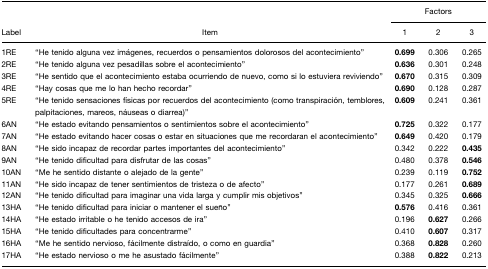
<table><thead><tr><td></td><td></td><td colspan="3"><b>Factors</b></td></tr><tr><td><b>Label</b></td><td><b>Item</b></td><td><b>1</b></td><td><b>2</b></td><td><b>3</b></td></tr></thead><tbody><tr><td>1RE</td><td>“He tenido alguna vez imágenes, recuerdos o pensamientos dolorosos del acontecimiento”</td><td><b>0.699</b></td><td>0.306</td><td>0.265</td></tr><tr><td>2RE</td><td>“He tenido alguna vez pesadillas sobre el acontecimiento”</td><td><b>0.636</b></td><td>0.301</td><td>0.248</td></tr><tr><td>3RE</td><td>“He sentido que el acontecimiento estaba ocurriendo de nuevo, como si lo estuviera reviviendo”</td><td><b>0.670</b></td><td>0.315</td><td>0.309</td></tr><tr><td>4RE</td><td>“Hay cosas que me lo han hecho recordar”</td><td><b>0.690</b></td><td>0.128</td><td>0.287</td></tr><tr><td>5RE</td><td>“He tenido sensaciones físicas por recuerdos del acontecimiento (como transpiración, temblores, palpitaciones, mareos, náuseas o diarrea)”</td><td><b>0.609</b></td><td>0.241</td><td>0.361</td></tr><tr><td>6AN</td><td>“He estado evitando pensamientos o sentimientos sobre el acontecimiento”</td><td><b>0.725</b></td><td>0.322</td><td>0.177</td></tr><tr><td>7AN</td><td>“He estado evitando hacer cosas o estar en situaciones que me recordaran el acontecimiento”</td><td><b>0.649</b></td><td>0.420</td><td>0.179</td></tr><tr><td>8AN</td><td>“He sido incapaz de recordar partes importantes del acontecimiento”</td><td>0.342</td><td>0.222</td><td><b>0.435</b></td></tr><tr><td>9AN</td><td>“He tenido dificultad para disfrutar de las cosas”</td><td>0.480</td><td>0.378</td><td><b>0.546</b></td></tr><tr><td>10AN</td><td>“Me he sentido distante o alejado de la gente”</td><td>0.239</td><td>0.119</td><td><b>0.752</b></td></tr><tr><td>11AN</td><td>“He sido incapaz de tener sentimientos de tristeza o de afecto”</td><td>0.177</td><td>0.261</td><td><b>0.689</b></td></tr><tr><td>12AN</td><td>“He tenido dificultad para imaginar una vida larga y cumplir mis objetivos”</td><td>0.345</td><td>0.325</td><td><b>0.666</b></td></tr><tr><td>13HA</td><td>“He tenido dificultad para iniciar o mantener el sueño”</td><td><b>0.576</b></td><td>0.416</td><td>0.361</td></tr><tr><td>14HA</td><td>“He estado irritable o he tenido accesos de ira”</td><td>0.196</td><td><b>0.627</b></td><td>0.266</td></tr><tr><td>15HA</td><td>“He tenido dificultades para concentrarme”</td><td>0.410</td><td><b>0.607</b></td><td>0.317</td></tr><tr><td>16HA</td><td>“Me he sentido nervioso, fácilmente distraído, o como en guardia”</td><td>0.368</td><td><b>0.828</b></td><td>0.260</td></tr><tr><td>17HA</td><td>“He estado nervioso o me he asustado fácilmente”</td><td>0.388</td><td><b>0.822</b></td><td>0.213</td></tr></tbody></table>